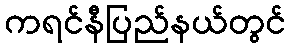
ကရင်နီပြည်နယ်တွင်